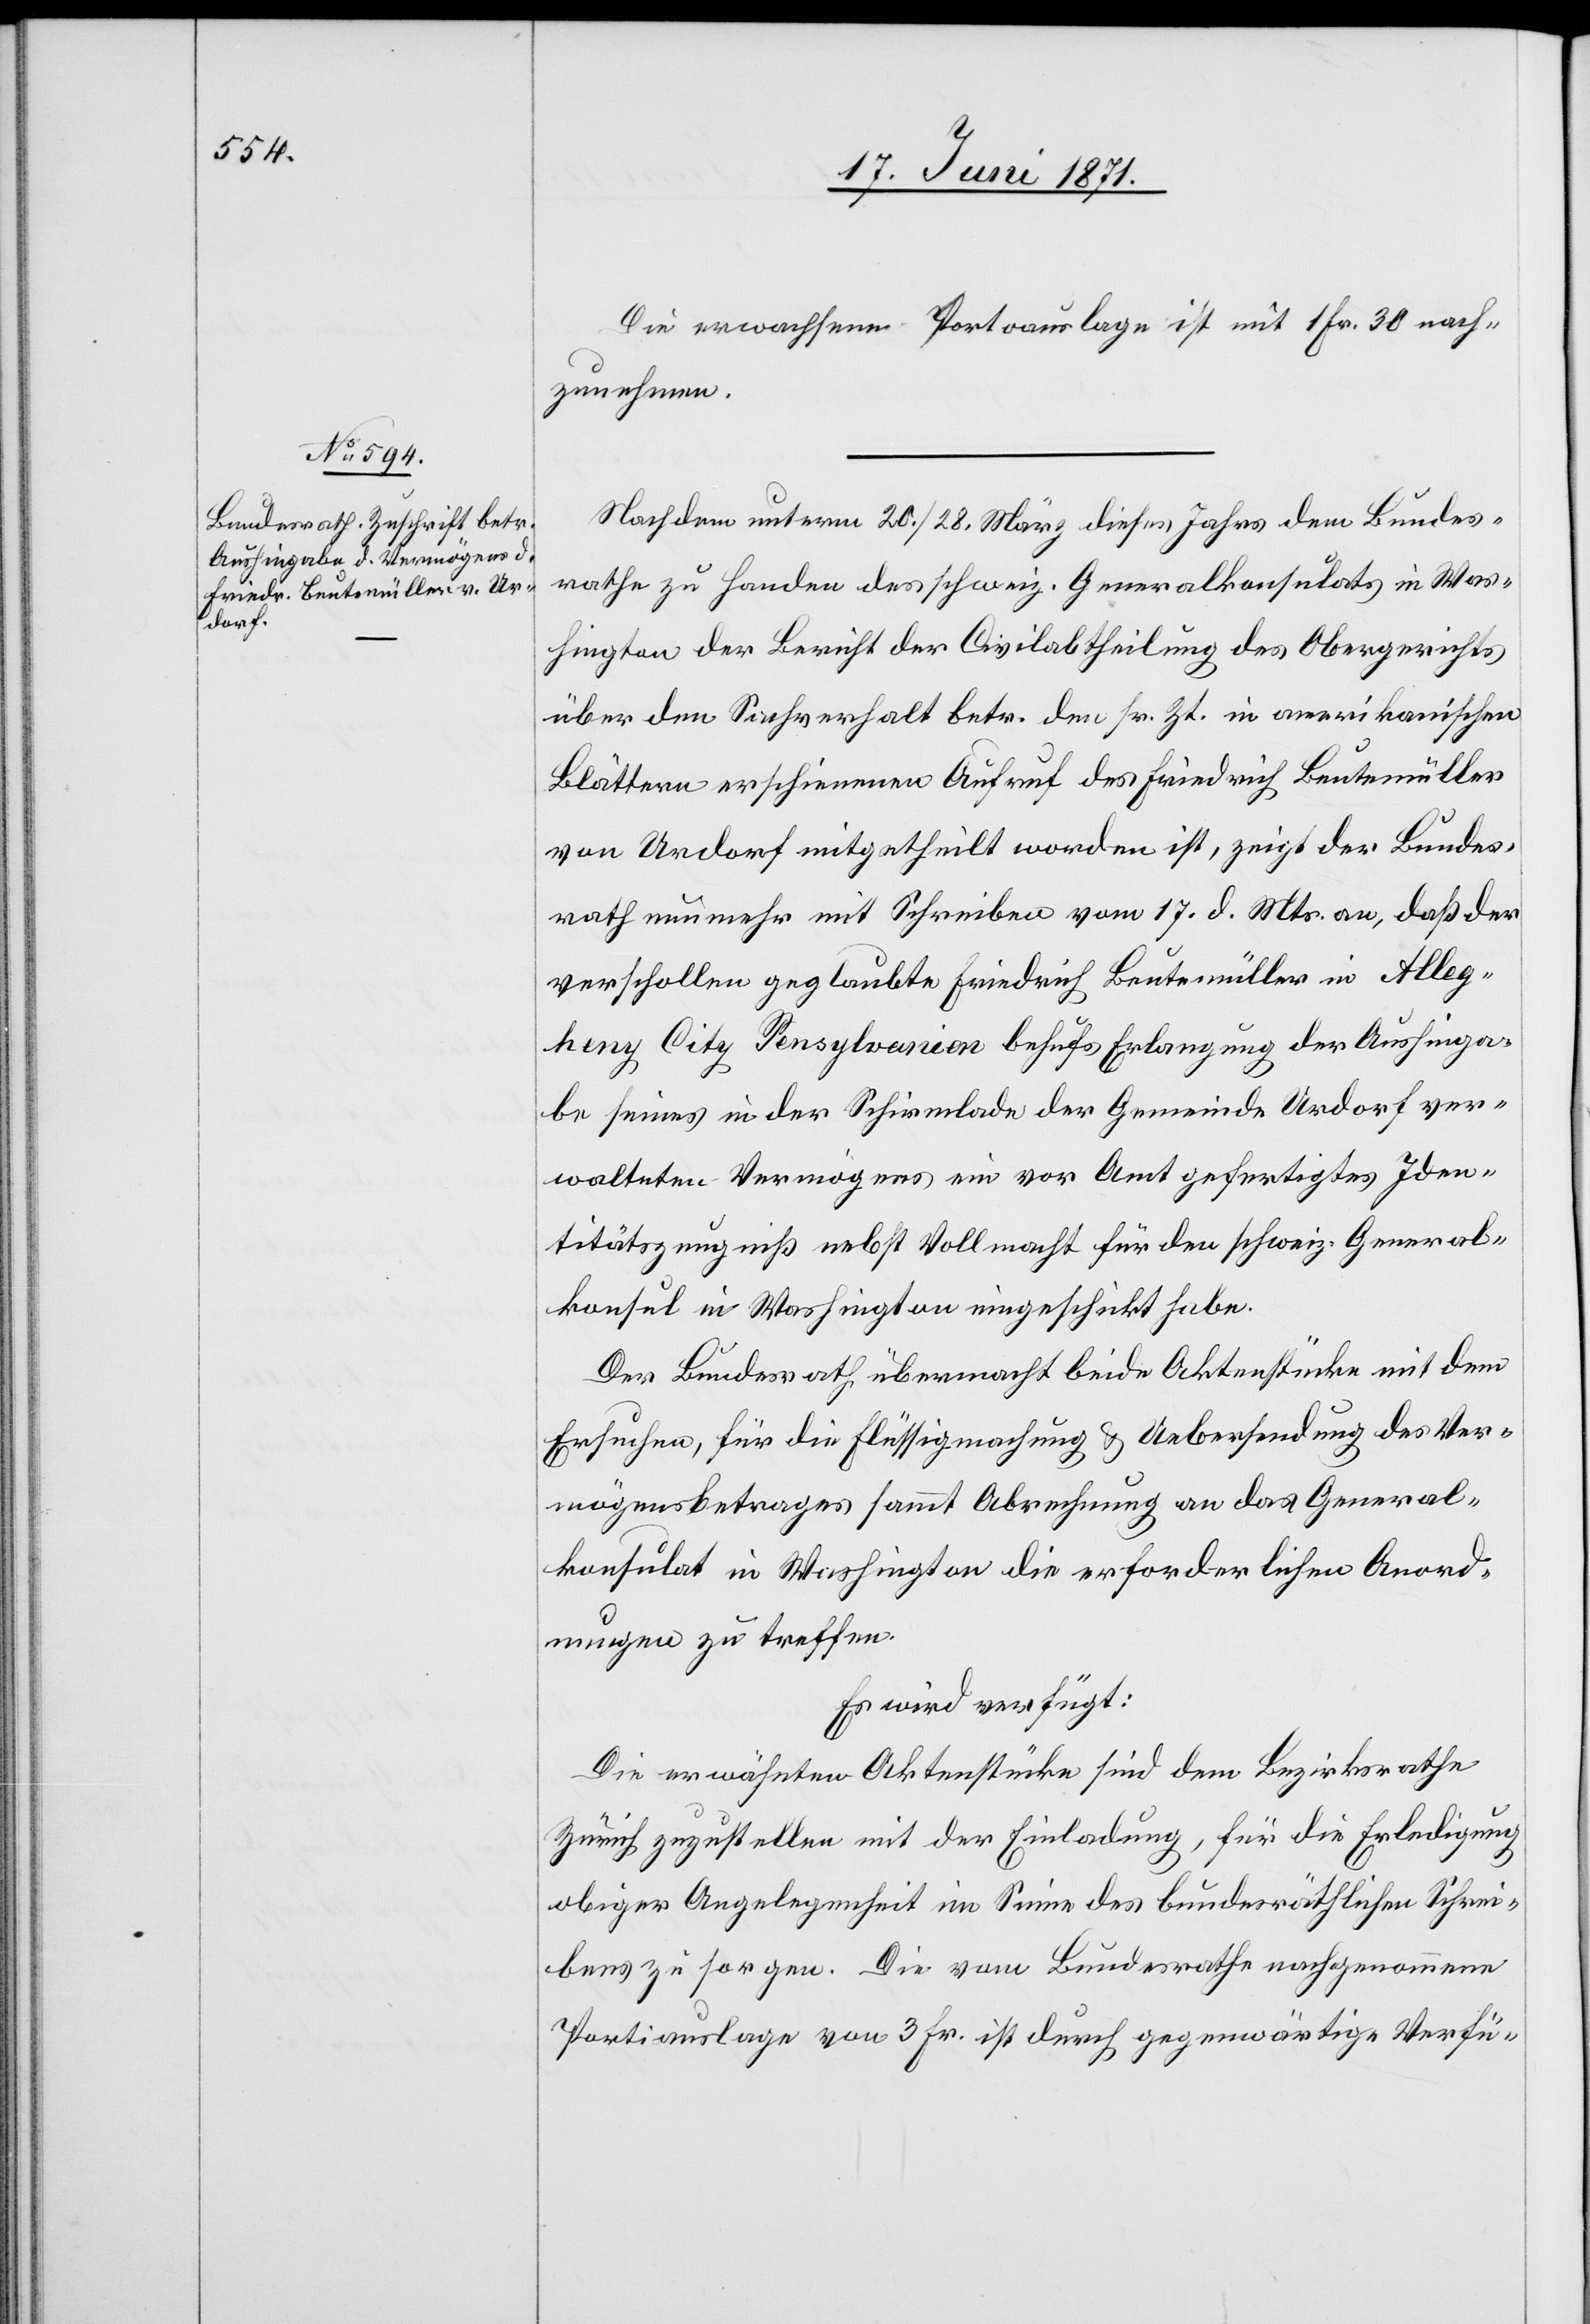
21. Juni 1871.]
Die erwachsene Portoauslage ist mit 1 Fr. 30 nach¬
zunehmen.
Nachdem unterm 20./28. März dieses Jahres dem Bundes¬
rathe zu Handen des schweiz. Generalkonsulats in Was¬
hington der Bericht der Civilabtheilung des Obergerichts
über den Sachverhalt betr. dem sr. Zt. in amerikanischen
Blättern erschienenen Aufruf des Friedrich Beutemüller
von Urdorf mitgetheilt worden ist, zeigt der Bundes¬
rath nunmehr mit Schreiben vom 17. d. Mts. an, daß der
verschollen geglaubte Friedrich Beutemüller in Alleg¬
heny City Pensylvanien behufs Erlangung der Aushinga¬
be seines in der Schirmlade der Gemeinde Urdorf ver¬
walteten Vermögens ein vor Amt gefertigtes Iden¬
titätszeugniß nebst Vollmacht für den schweiz. General¬
konsul in Washington eingeschickt habe.
Der Bundesrath übermacht beide Aktenstücke mit dem
Ersuchen, für die Flüssigmachung u. Uebersendung des Ver¬
mögensbetrages sammt Abrechnung an das General¬
konsulat in Washington die erforderlichen Anord¬
nungen zu treffen.
Es wird verfügt:
Die erwähnten Aktenstücke sind dem Bezirksrathe
Zürich zuzustellen mit der Einladung, für die Erledigung
obiger Angelegenheit im Sinne des bundesräthlichen Schrei¬
bens zu sorgen. Die vom Bundesrathe nachgenommene
Portiauslage vom 3 Fr. ist durch gegenwärtige Verfü-